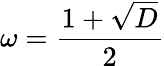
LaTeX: \omega={\frac{1+{\sqrt{D}}}{2}}